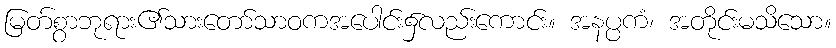
မြတ်စွာဘုရား၏သားတော်သာဝကအပေါင်း၌လည်းကောင်း။ အနပ္ပကံ၊ အတိုင်းမသိသော။